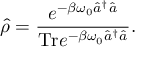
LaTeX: \hat { \rho } = \frac { e ^ { - \beta \omega _ { 0 } \hat { a } ^ { \dagger } \hat { a } } } { \mathrm { T r } e ^ { - \beta \omega _ { 0 } \hat { a } ^ { \dagger } \hat { a } } } .